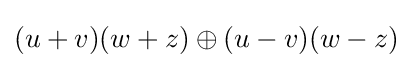
(u+v)(w+z)\oplus (u-v)(w-z)